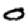
Digit: 0